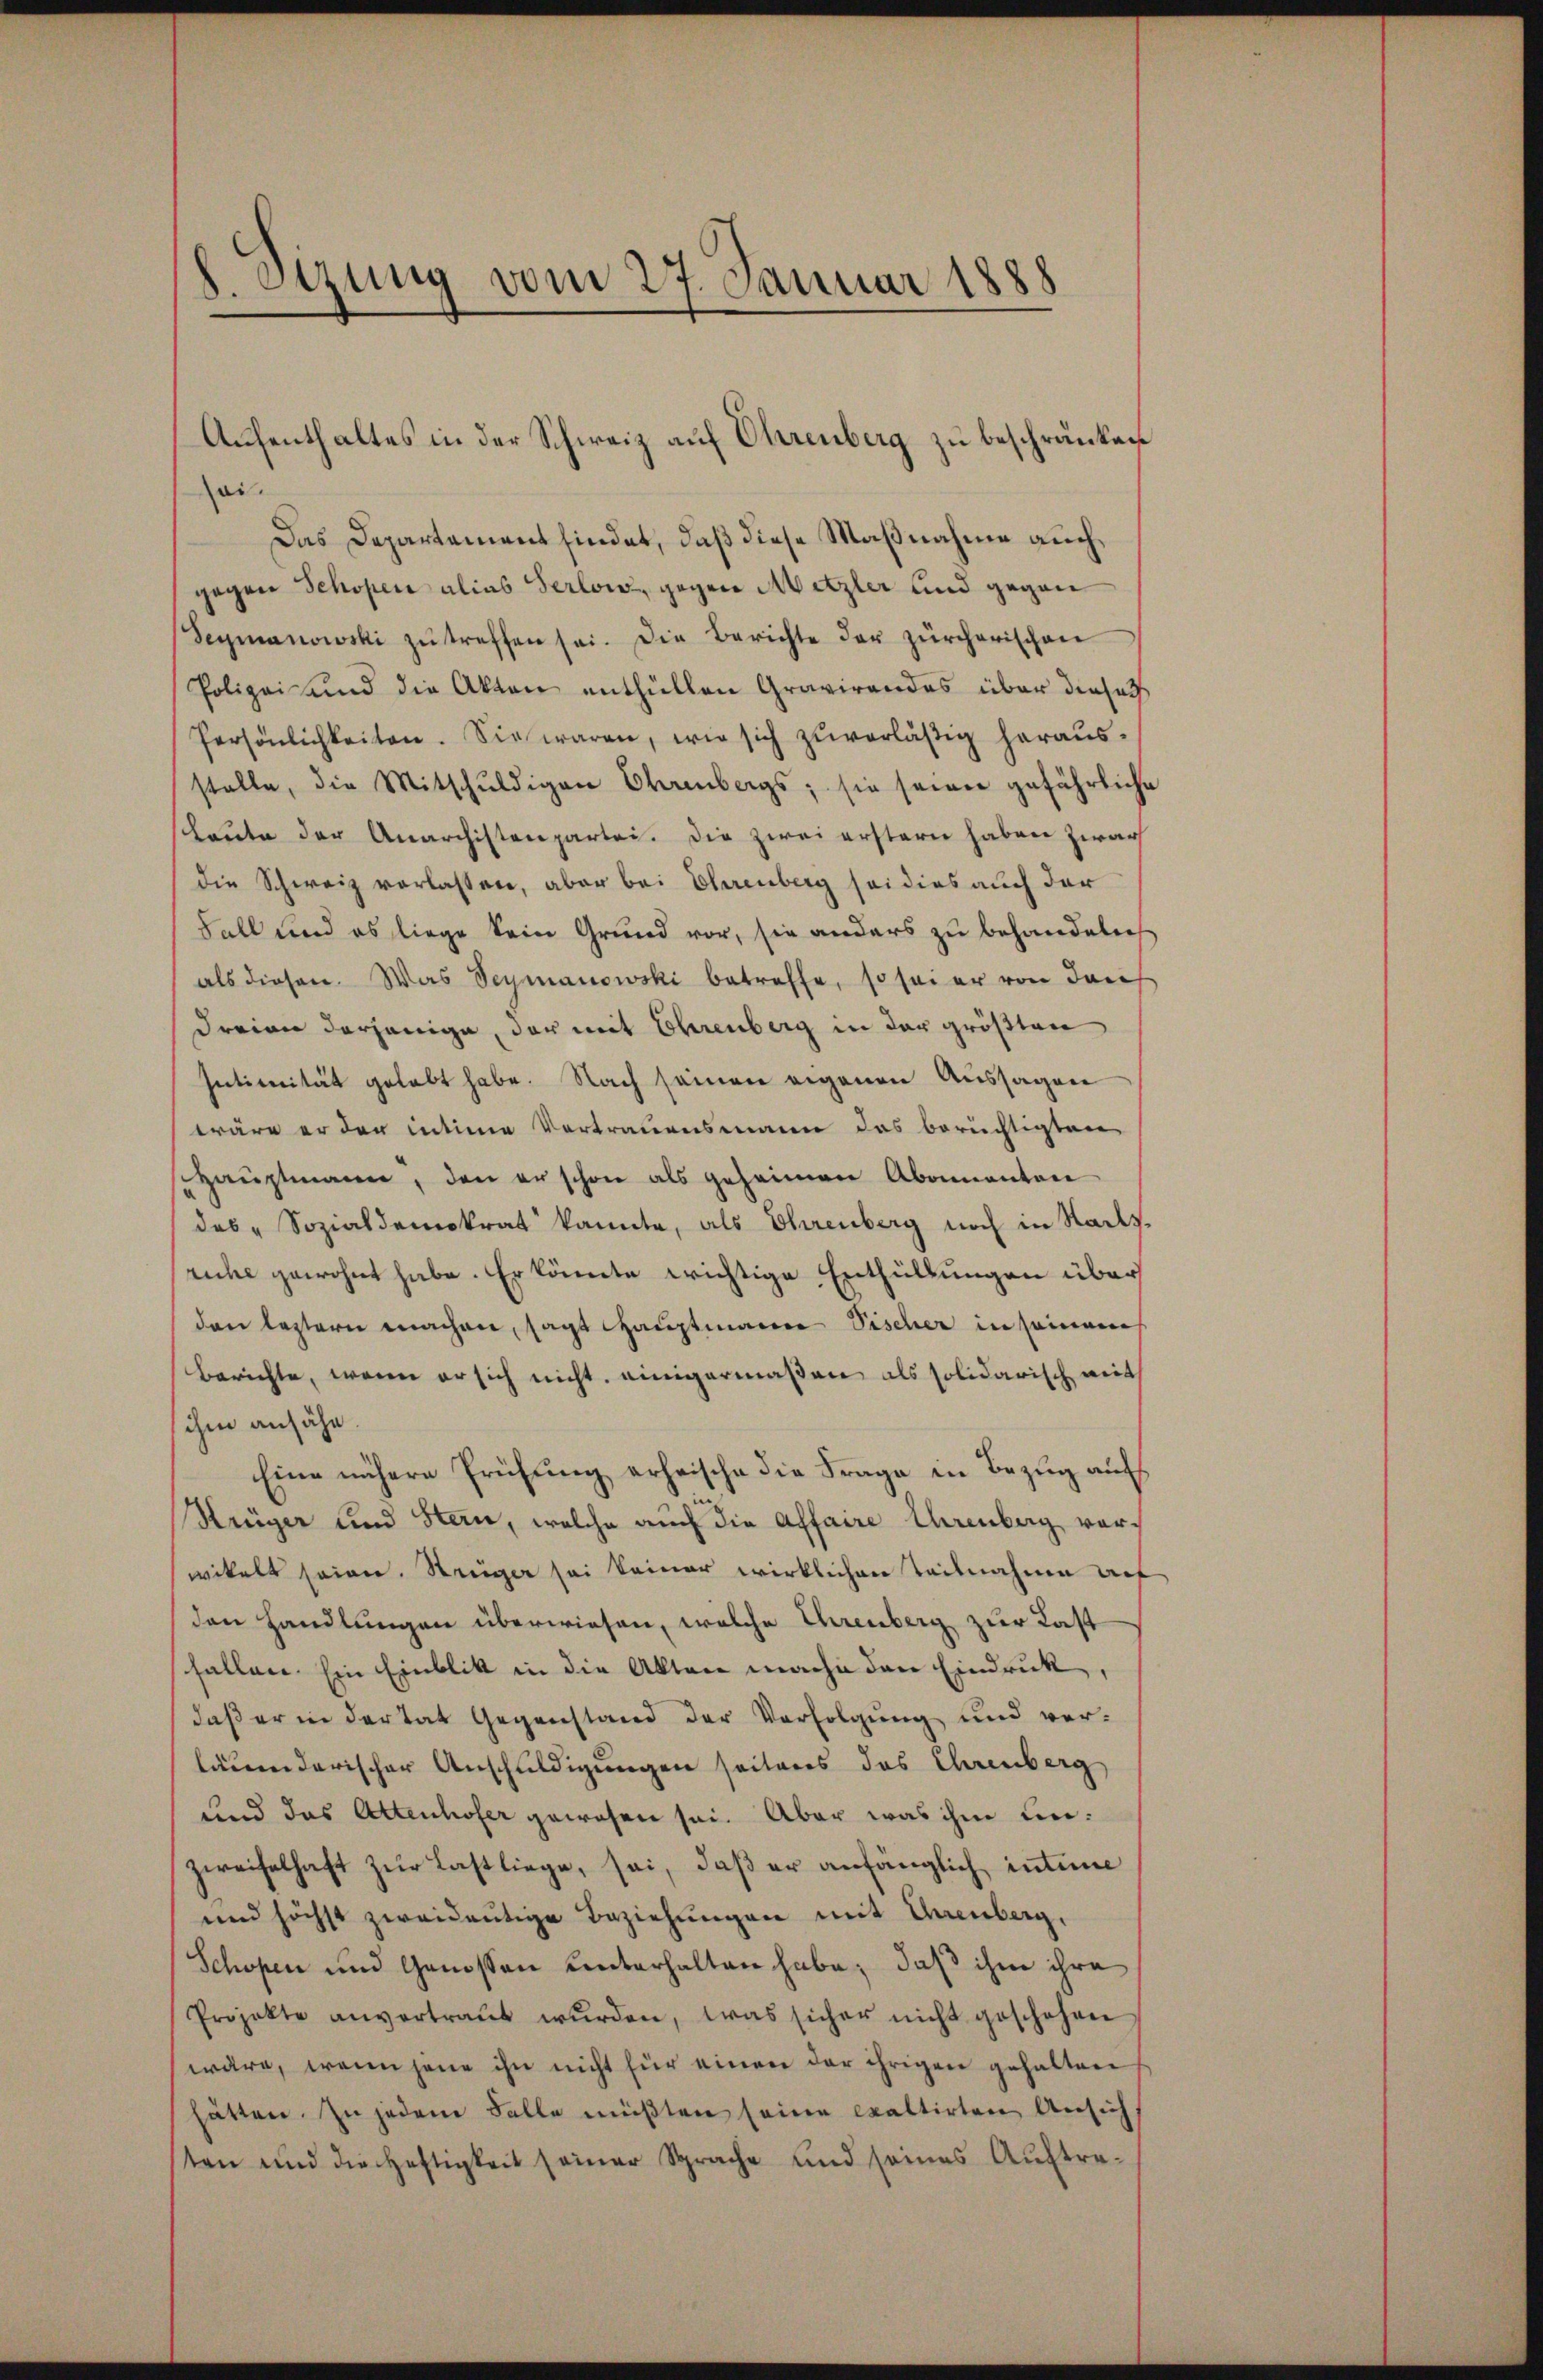
8. Stzung vom 27. Januar 1888

sei.
Das Departement findet, daß diese Maßnahme auch,
gegen Schopen alias Serlor, gegen Metzler und gegen
(Seymanowski zŭ treffen sei. Die Berichte der zürcherischen
Polizei und die Akten enthüllen Gravirendes über dieses
Persönlichkeiten. Sie waren, wie sich zŭverläßig herausstelle, die Mitschŭldigen Ehrenbergs; sie seien gefährliche
scheute der Anarchistenpartei. Die zwei erstern haben zwar
die Schweiz verlassen, aber bei Ehrenberg sei dies auch der
Fall und es liege kein Grund vor, sie anders zu behandeln
als diesen. Was Seymanowski betreffe, so sei er von dari
Freien derjenige, der mit Ehrenberg in der größten
Intimität gehabt habe. Nach seinen eigenen Aussagen
wäre er der intime Vertrauensmann das berüchtigten
Haŭptmann, den er schon als geheimen Abonnanton
des „Sozialdemokrat kannte, als Ehrenberg noch in Stadts.
ruche gewohnt habe. Er könnte wichtige Enthüllungen über
den leztern machen, sagt hauptmann Fischer in seinem
Berichte, wenn er sich nicht einigermaßen als solidarisch mit
ihm ansähe.
Eine nähere Prüfung erheische die Frage in Bezug auf
Krüger und Stern, welche auch die Affaire Ehrenberg vorwikelt seien. Streiger sei keiner wirklichen Teilnahme auf
den Handlungen überwiesen, welche Ehrenberg zur Last
fallen. Ein Einblik in die Akten mache den Eindruck,
daß er in der tat Gegenstand der Verfolgung und ver-
läuendarischer Anschuldigungen seiteres das Ehrenberg
und das Attenhofer gewesen sei. Aber was ihm unzweifelhaft zur Lastliege, sei, daß er anfänglich intime
und höchst zweideutige Beziehungen mit Unenberg,
Schopen und Genossen unterhalten habe; daß ihme ihre
Projekte anvertraŭt wŭrden, was sicher nicht geschehen
wäre, wenn jene ihn nicht für einen der ihrigen gehalten
hätten. Zu jedem Falle müßten seine exaltirten Ansich
ten und die Heftigkeit seiner Sprache und seines Auftre¬

Aufenthaltes in der Schweiz auf Ehrenberg zu beschränken